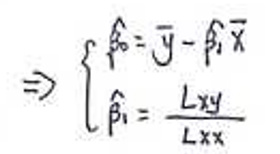
\[
\Rightarrow \left\{
\begin{array}{l}
\hat{\beta}_0 = \bar{y} - \hat{\beta}_1\bar{x}\\
\hat{\beta}_1 = \frac{L_{xy}}{L_{xx}}
\end{array}
\right.
\]